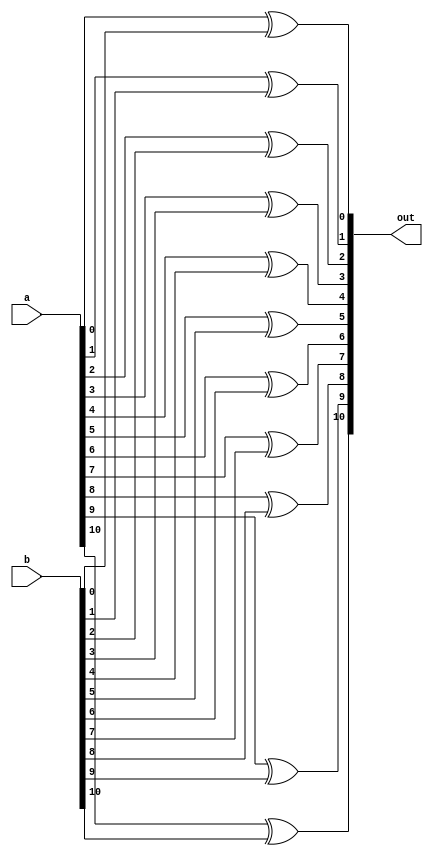
/**
 * This is written by Zhiyang Ong
 * for EE577b Extra Credit Homework # 2
 *
 * Behavioral model for the large XOR gate
 */
module large_xor (a,b,out);
	// Output vector
	output reg [10:0] out;
	
	
	// Input vector
	input [10:0] a;
	// Another input vector
	input [10:0] b;
	
	
	// Declare "reg" signals...
	//reg [3:0] in_bar;
	// Declare "wire" signals...
	// Defining constants: parameter [name_of_constant] = value;
	
	
	always @(*)
	begin
		out[0]=a[0]^b[0];
		out[1]=a[1]^b[1];
		out[2]=a[2]^b[2];
		out[3]=a[3]^b[3];
		out[4]=a[4]^b[4];
		out[5]=a[5]^b[5];
		out[6]=a[6]^b[6];
		out[7]=a[7]^b[7];
		out[8]=a[8]^b[8];
		out[9]=a[9]^b[9];
		out[10]=a[10]^b[10];
//		out[11]=a[11]^b[11];
//		out[12]=a[12]^b[12];
//		out[13]=a[13]^b[13];
//		out[14]=a[14]^b[14];
	end
	
	
endmodule